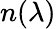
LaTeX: n(\lambda)